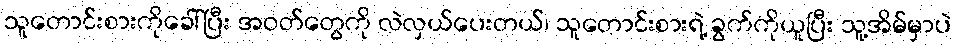
သူတောင်းစားကိုခေါ်ပြီး အဝတ်တွေကို လဲလှယ်ပေးတယ်၊ သူတောင်းစားရဲ့ ခွက်ကိုယူပြီး သူ့အိမ်မှာပဲ